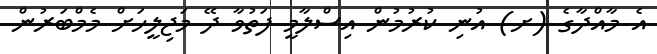
އެ މާއްދާގެ (ށ) އުނި ކުރުމުން އިސްލާމީ ފަތުވާ ދޭ މަޖިލީހަށް މެމްބަރުން